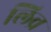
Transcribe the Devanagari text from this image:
लिव्र